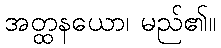
အတ္ထနယော၊ မည်၏။